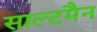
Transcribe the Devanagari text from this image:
साल्टमैन